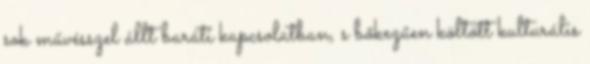
sok művésszel állt baráti kapcsolatban, s bőkezűen költött kulturális